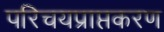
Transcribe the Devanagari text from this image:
परिचयप्राप्तकरण